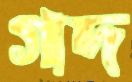
গদ